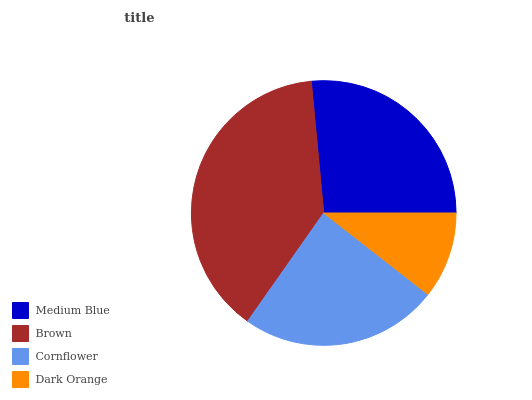
| Medium Blue | Brown | Cornflower | Dark Orange |
 | --- | --- | --- | --- |
 | 26.4% | 38.8% | 24.2% | 10.6% |